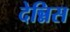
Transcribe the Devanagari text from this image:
देन्निस